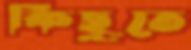
কিছুতে